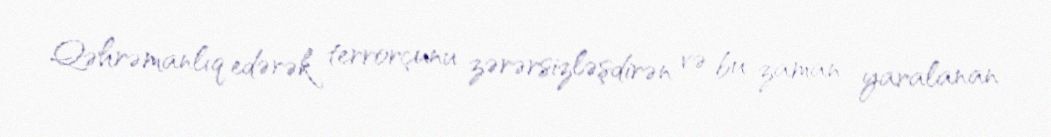
Qəhrəmanlıq edərək terrorçunu zərərsizləşdirən və bu zaman yaralanan